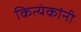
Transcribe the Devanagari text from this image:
कित्येकांनी